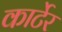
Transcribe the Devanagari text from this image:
कार्टेर